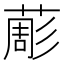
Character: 𦸔